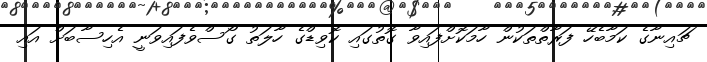
ޗައިނާގެ ކަމާބެހޭ ފަރާތްތަކުން ހާމަކޮށްފައިވާ ގޮތުގައި ކޮވިޑްގެ ހާލަތު ގޯސްވެފައިވަނީ އެހިސާބަށް އައި